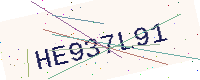
Text: HE937L91